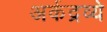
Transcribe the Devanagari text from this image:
अर्कद्रव्ये